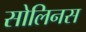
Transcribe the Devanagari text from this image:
सोलिनस